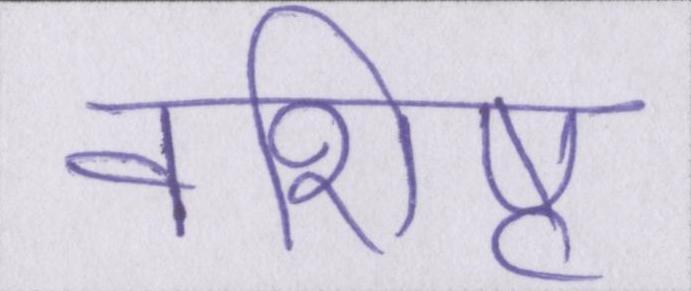
वशिष्ट